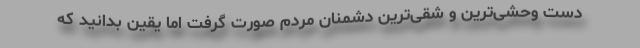
دست وحشی‌ترین و شقی‌ترین دشمنان مردم صورت گرفت اما یقین بدانید که